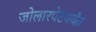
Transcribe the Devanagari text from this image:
जोलारपेटपर्यंत